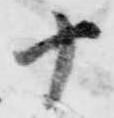
十